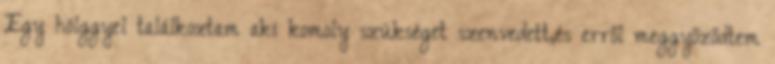
Egy hölggyel találkoztam aki komoly szükséget szenvedett,és erről meggyőződtem